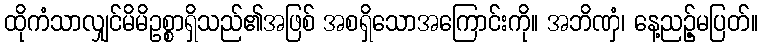
ထိုကံသာလျှင်မိမိဥစ္စာရှိသည်၏အဖြစ် အစရှိသောအကြောင်းကို။ အဘိဏှံ၊ နေ့ညဉ့်မပြတ်။